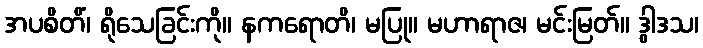
အပစိတိံ၊ ရိုသေခြင်းကို။ နကရောတိ၊ မပြု။ မဟာရာဇ၊ မင်းမြတ်။ ဒွါဒသ၊